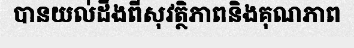
បានយល់ដឹងពីសុវត្ថិភាពនិងគុណភាព